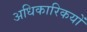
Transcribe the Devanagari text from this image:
अधिकारिकयों